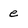
Character: e